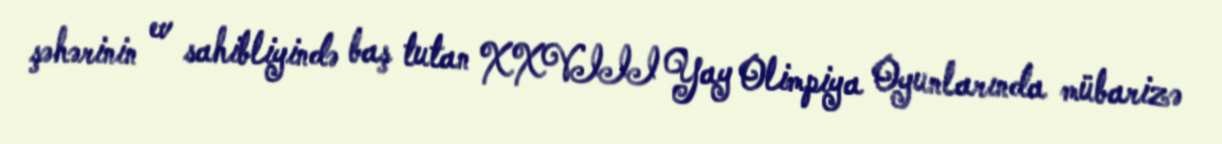
şəhərinin ev sahibliyində baş tutan XXVIII Yay Olimpiya Oyunlarında mübarizə